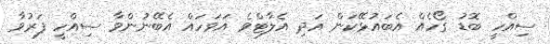
ސިއްހީ ބޮޑު ގޯހެއް އެބައުޅޭކަން އަދި އެލާޓްވެ އަވަހައް އެބޭނުންވާ ސިއްހީ ފަރުވާ